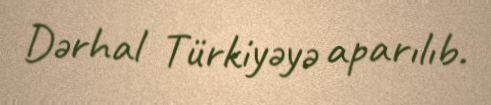
Dərhal Türkiyəyə aparılıb.